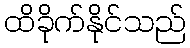
ထိခိုက်နိုင်သည်